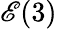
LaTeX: \mathscr{E}(3)